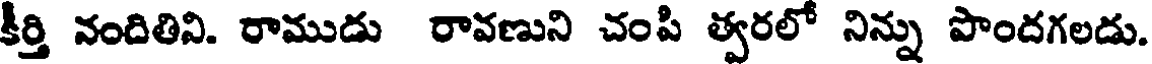
కీర్తి నందితిని. రాముడు రావణుని చంపి త్వరలో నిన్ను పొందగలడు.